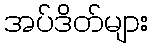
အပ်ဒိတ်များ